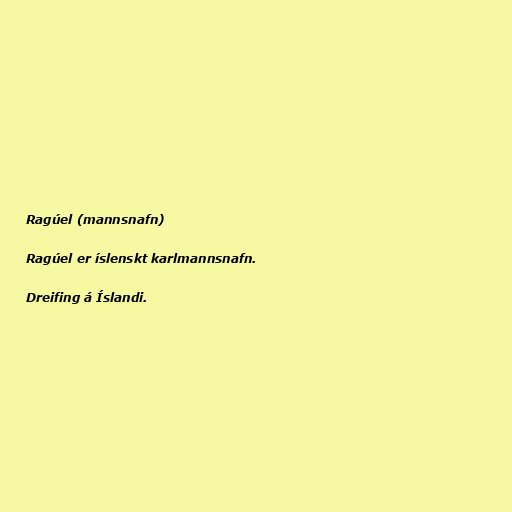
Ragúel (mannsnafn)

Ragúel er íslenskt karlmannsnafn.

Dreifing á Íslandi.